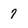
Character: 7